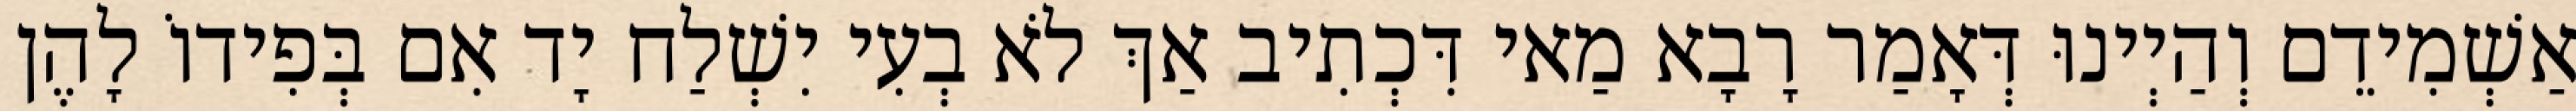
אַשְׁמִידֵם וְהַיְינוּ דְּאָמַר רָבָא מַאי דִּכְתִיב אַךְ לֹא בְעִי יִשְׁלַח יָד אִם בְּפִידוֹ לָהֶן